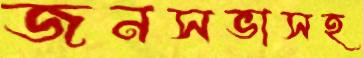
জনসভাসহ